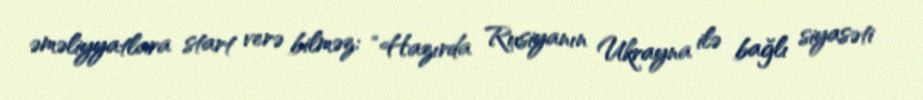
əməliyyatlara start verə bilməz: “Hazırda Rusiyanın Ukrayna ilə bağlı siyasəti